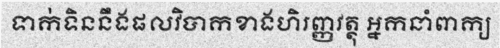
ទាក់ទិននឹងផលវិបាកខាងហិរញ្ញវត្ថុ អ្នកនាំពាក្យ